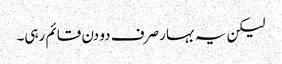
لیکن یہ بہار صرف دو دن قائم رہی۔